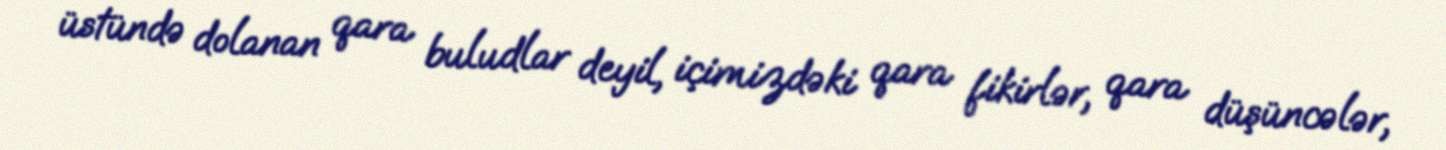
üstündə dolanan qara buludlar deyil, içimizdəki qara fikirlər, qara düşüncələr,